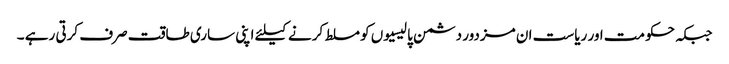
جبکہ حکومت اور ریاست ان مزدور دشمن پالیسیوں کو مسلط کرنے کیلئے اپنی ساری طاقت صرف کرتی رہے ۔